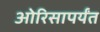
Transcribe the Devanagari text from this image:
ओरिसापर्यंत